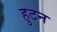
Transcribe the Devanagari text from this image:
हुटन